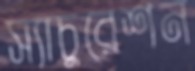
স্যাচুরেশন